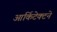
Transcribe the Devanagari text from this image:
आर्किटेक्‍टने